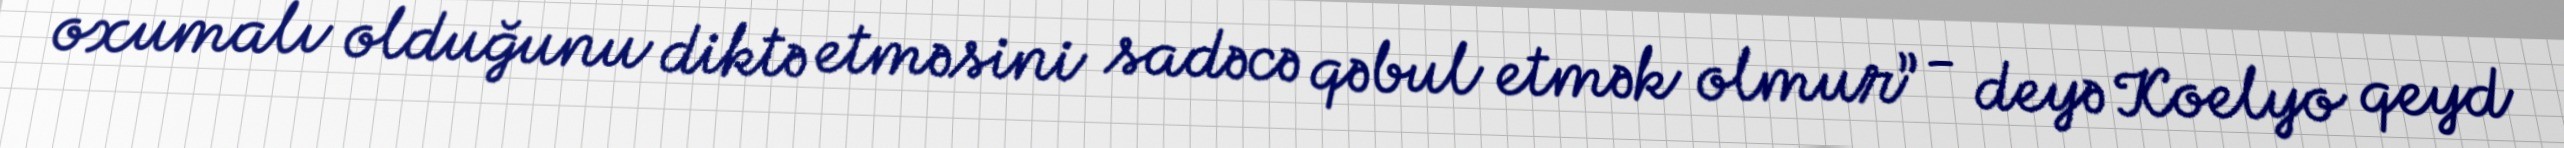
oxumalı olduğunu diktə etməsini sadəcə qəbul etmək olmur” - deyə Koelyo qeyd